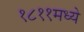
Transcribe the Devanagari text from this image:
१८११मध्ये